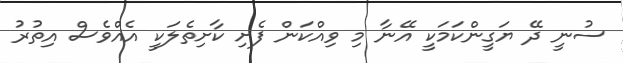
ސުނީ ދޭ ޔަގީންކަމަކީ އޭނާ މި ވިއްކަން ފެށި ކާށިތެލަކީ އެއްވެސް އިތުރު